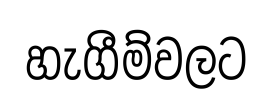
හැගීම්වලට